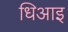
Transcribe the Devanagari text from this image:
धिआइ